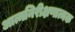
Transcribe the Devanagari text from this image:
आत्मनिरीक्षणात्मक